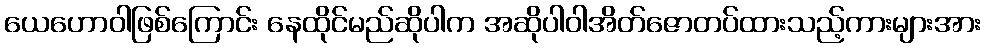
ယေဟောဝါဖြစ်ကြောင်း နေထိုင်မည်ဆိုပါက အဆိုပါဝါအိတ်ဇောတပ်ထားသည့်ကားများအား